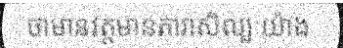
ថាមានវត្តមានតារាសិល្បៈយ៉ាង